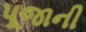
પૂજાની